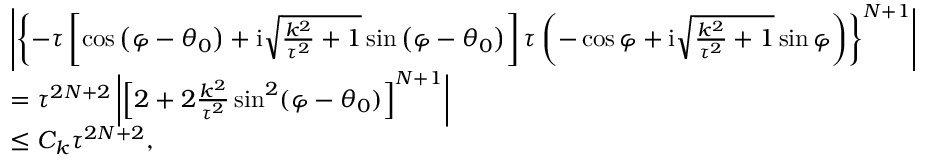
\begin{array} { r l } & { \left| { { { { \left\{ { - \tau \left[ \cos \left( \varphi - \theta _ { 0 } \right) + \mathrm { i } \sqrt { \frac { k ^ { 2 } } { \tau ^ { 2 } } + 1 } \sin \left( \varphi - \theta _ { 0 } \right) \right] \tau \left( - \cos \varphi + \mathrm i \sqrt { \frac { k ^ { 2 } } { \tau ^ { 2 } } + 1 } \sin \varphi \right) } \right\} } ^ { N + 1 } } } } \right| } \\ & { = \tau ^ { 2 N + 2 } \left| { \left[ 2 + 2 \frac { k ^ { 2 } } { \tau ^ { 2 } } \sin ^ { 2 } ( \varphi - \theta _ { 0 } ) \right] } ^ { N + 1 } \right| } \\ & { \leq C _ { k } \tau ^ { 2 N + 2 } , } \end{array}